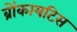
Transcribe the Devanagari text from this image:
ब्रोंकायटिस